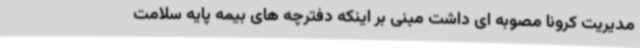
مدیریت کرونا مصوبه ای داشت مبنی بر اینکه دفترچه های بیمه پایه سلامت